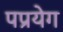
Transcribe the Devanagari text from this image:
पप्रयेग